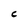
Character: C